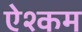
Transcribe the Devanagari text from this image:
ऐश्कम